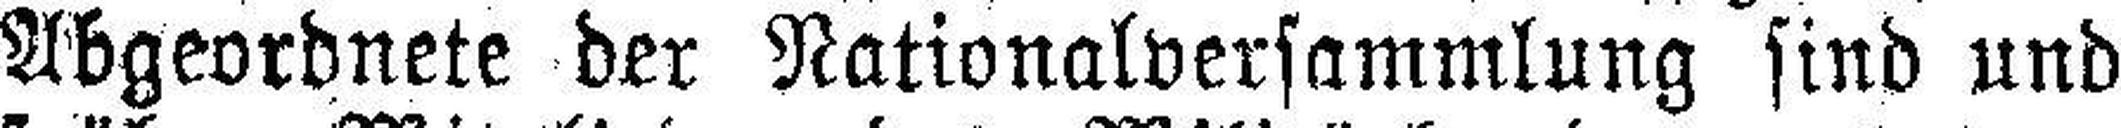
Abgeordnete der Nationalversammlung sind und